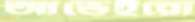
আভেইরো